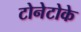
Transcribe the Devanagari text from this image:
टोनेटोके